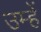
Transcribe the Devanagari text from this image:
उम्हें